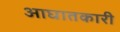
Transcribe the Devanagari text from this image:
आघातकारी